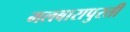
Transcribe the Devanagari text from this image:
मलबारापुरती